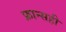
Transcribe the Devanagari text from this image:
फ्रान्सही